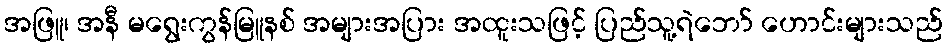
အဖြူ၊ အနီ မရွေးကွန်မြူနစ် အများအပြား အထူးသဖြင့် ပြည်သူ့ရဲဘော် ဟောင်းများသည်